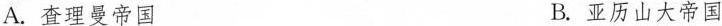
A.查理曼帝国 B.亚历山大帝国